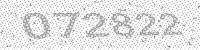
Solution: 072822